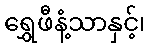
ရွှေဖီနံ့သာနှင့်၊